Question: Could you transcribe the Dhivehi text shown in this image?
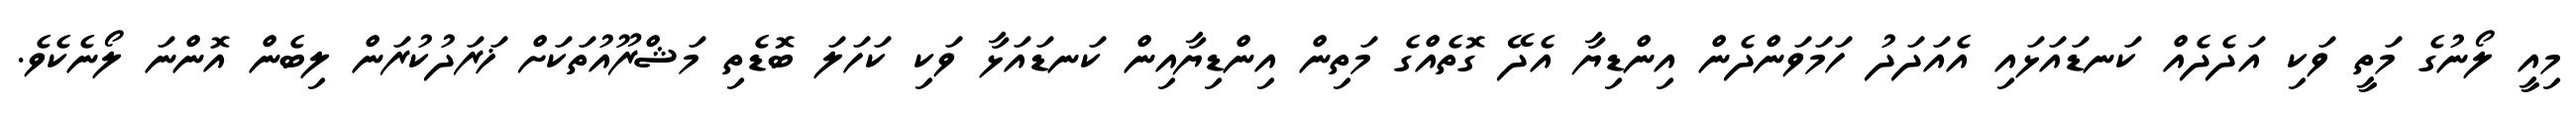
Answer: މިއީ ލޯނުގެ މަތީ ވަކި އަދެދެއް ކަނޑައަޅައި އެއަދަދު ހަމަވަންދެން އިންޑިޔާ އެދޭ ގޮތެއްގެ މަތިން އިންޑިޔާއިން ކަނޑައަޅާ ވަކި ކަހަލަ ބޮޑެތި މަޝްރޫއުތަކަށް ޚަރަދުކުރަން ލިބެން އޮންނަ ލޯނެކެވެ.